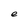
Character: e